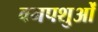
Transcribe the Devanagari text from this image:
वनपशुओं